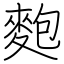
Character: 麭